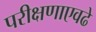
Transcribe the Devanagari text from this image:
परीक्षणाएवढे